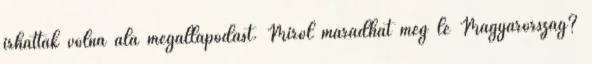
írhattak volna alá megállapodást. Miről maradhat még le Magyarország?